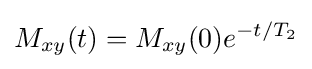
M_{xy}(t)=M_{xy}(0)e^{-t/T_{2}}